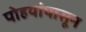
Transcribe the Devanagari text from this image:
पोहयांपासून